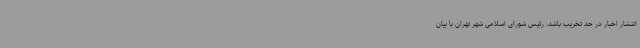
انتشار اخبار در حد تخریب باشد. رئیس شورای اسلامی شهر تهران با بیان